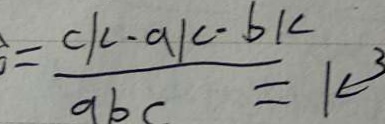
= \frac { C \vert 2 - a \vert c - b \vert c } { a b c } = K ^ { 3 }